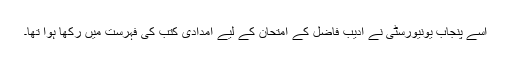
اسے پنجاب یونیورسٹی نے ادیب فاضل کے امتحان کے لیے امدادی کتب کی فہرست میں رکھا ہوا تھا۔